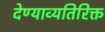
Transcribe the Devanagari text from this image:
देण्याव्यतिरिक्त